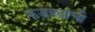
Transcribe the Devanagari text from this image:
फडक्यांची